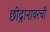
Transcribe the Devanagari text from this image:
छीद्रानावरची